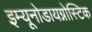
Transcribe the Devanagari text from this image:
इम्यूनोडायग्नोस्टिक